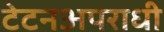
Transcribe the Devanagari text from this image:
टेटनअपराधी